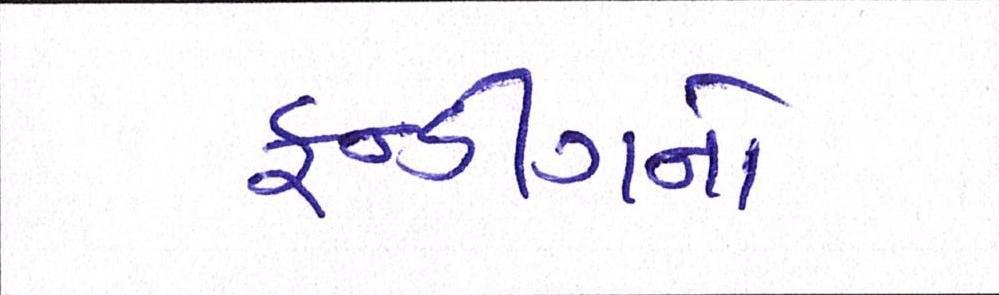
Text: ફન્ડીંગનો